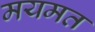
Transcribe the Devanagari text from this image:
मयमत